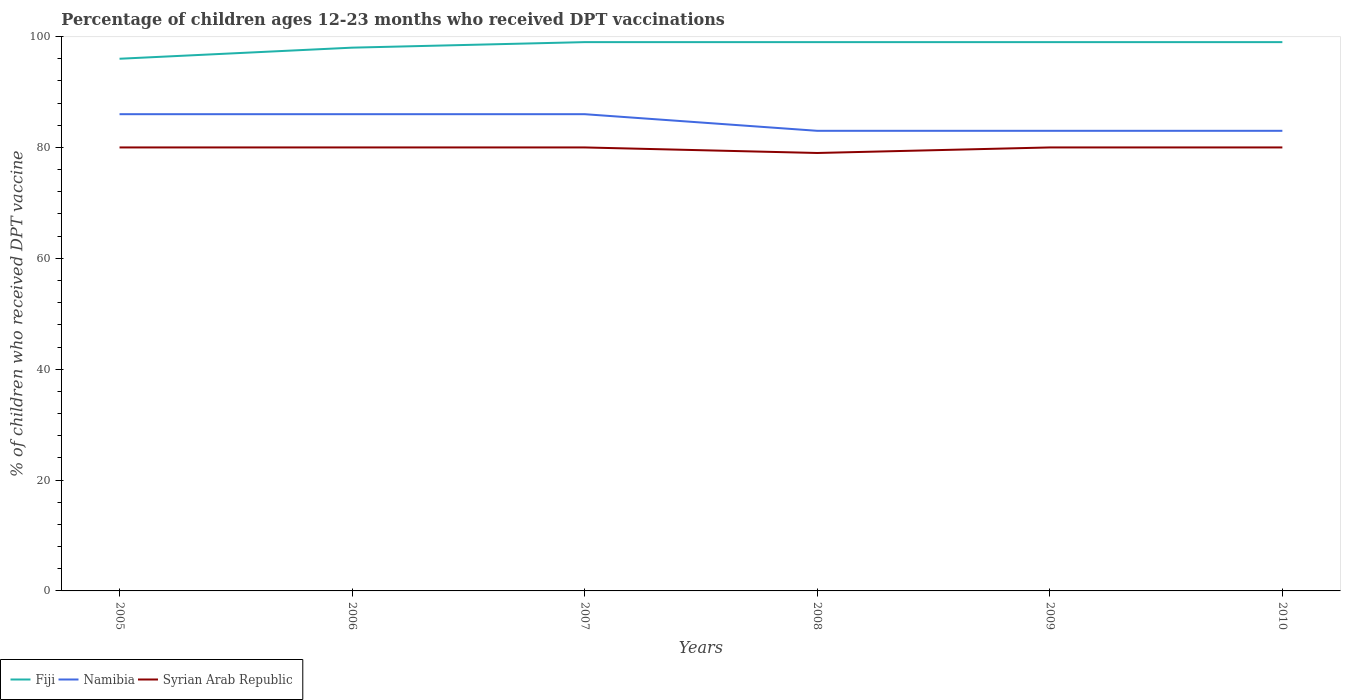
| Years | Fiji | Namibia | Syrian Arab Republic |
 | --- | --- | --- | --- |
 | 2005 | 96 | 86 | 80 |
 | 2006 | 98 | 86 | 80 |
 | 2007 | 99 | 86 | 80 |
 | 2008 | 99 | 83 | 79 |
 | 2009 | 99 | 83 | 80 |
 | 2010 | 99 | 83 | 80 |